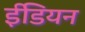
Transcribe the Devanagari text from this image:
ईडियन